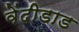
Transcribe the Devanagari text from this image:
वेंदीडाड